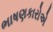
ભાષણકારોએ